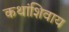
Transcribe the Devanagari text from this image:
कथांशिवाय